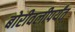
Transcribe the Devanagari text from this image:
बोरीवलीपर्यंत